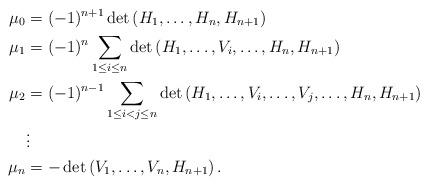
LaTeX: \begin{align*}\mu_0 &= (-1)^{n+1} \det \left( H_1, \dots, H_n, H_{n+1} \right) \\\mu_1 &= (-1)^{n} \sum_{1 \leq i \leq n} \det \left( H_1, \dots, V_i, \dots, H_n, H_{n+1} \right) \\\mu_2 &= (-1)^{n-1} \sum_{1 \leq i < j \leq n} \det \left( H_1, \dots, V_i, \dots, V_j, \dots, H_n, H_{n+1} \right) \\&\vdots \\\mu_n &= - \det \left( V_1, \dots, V_n, H_{n+1} \right).\end{align*}